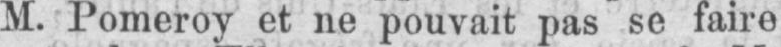
M. Pomeroy et ne pouvait pas se faire